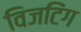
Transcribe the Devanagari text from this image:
विजटिंग